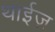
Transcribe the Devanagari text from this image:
थाईज़